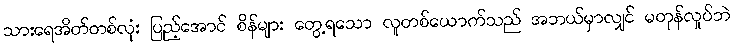
သားရေအိတ်တစ်လုံး ပြည့်အောင် စိန်များ တွေ့ရသော လူတစ်ယောက်သည် အဘယ်မှာလျှင် မတုန်လှုပ်ဘဲ